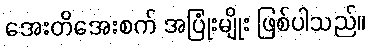
အေးတိအေးစက် အပြုံးမျိုး ဖြစ်ပါသည်။